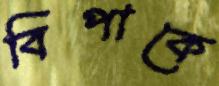
বিপাকে